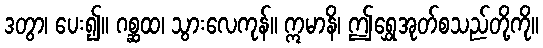
ဒတွာ၊ ပေး၍။ ဂစ္ဆထ၊ သွားလေကုန်။ ဣမာနိ၊ ဤရွှေအုတ်စသည်တို့ကို။